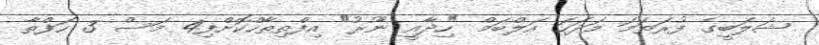
ޝަލަބީގެ ފުރަތަަމަ މަދަހަ އަލްބަމް "ހިދާއީ ނޫރު" އިފްތިތާހްކޮށްފި4 މަސް 3 ހަފްތާ